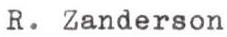
R. Zanderson